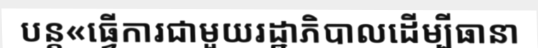
បន្ត«ធ្វើការជាមួយរដ្ឋាភិបាលដើម្បីធានា